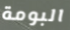
البومة